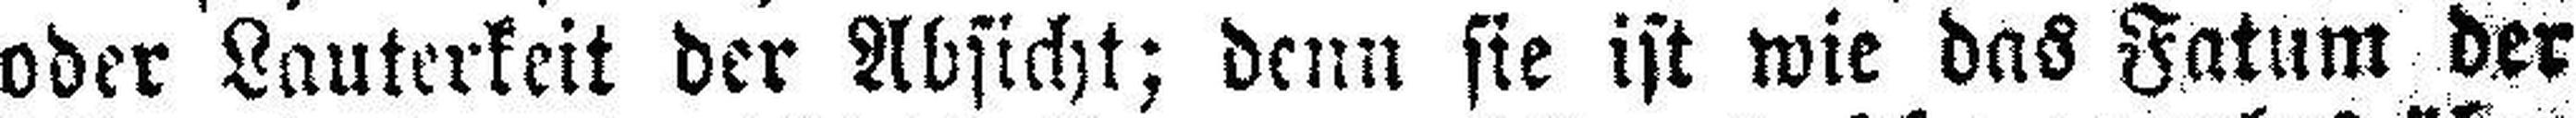
oder Lauterkeit der Absicht; denn sie ist wie das Fatum der